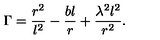
\Gamma = \frac { r ^ { 2 } } { l ^ { 2 } } - \frac { b l } r + \frac { \lambda ^ { 2 } l ^ { 2 } } { r ^ { 2 } } .